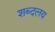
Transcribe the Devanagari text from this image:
शब्दलय